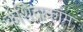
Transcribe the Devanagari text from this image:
कशिदाकाम